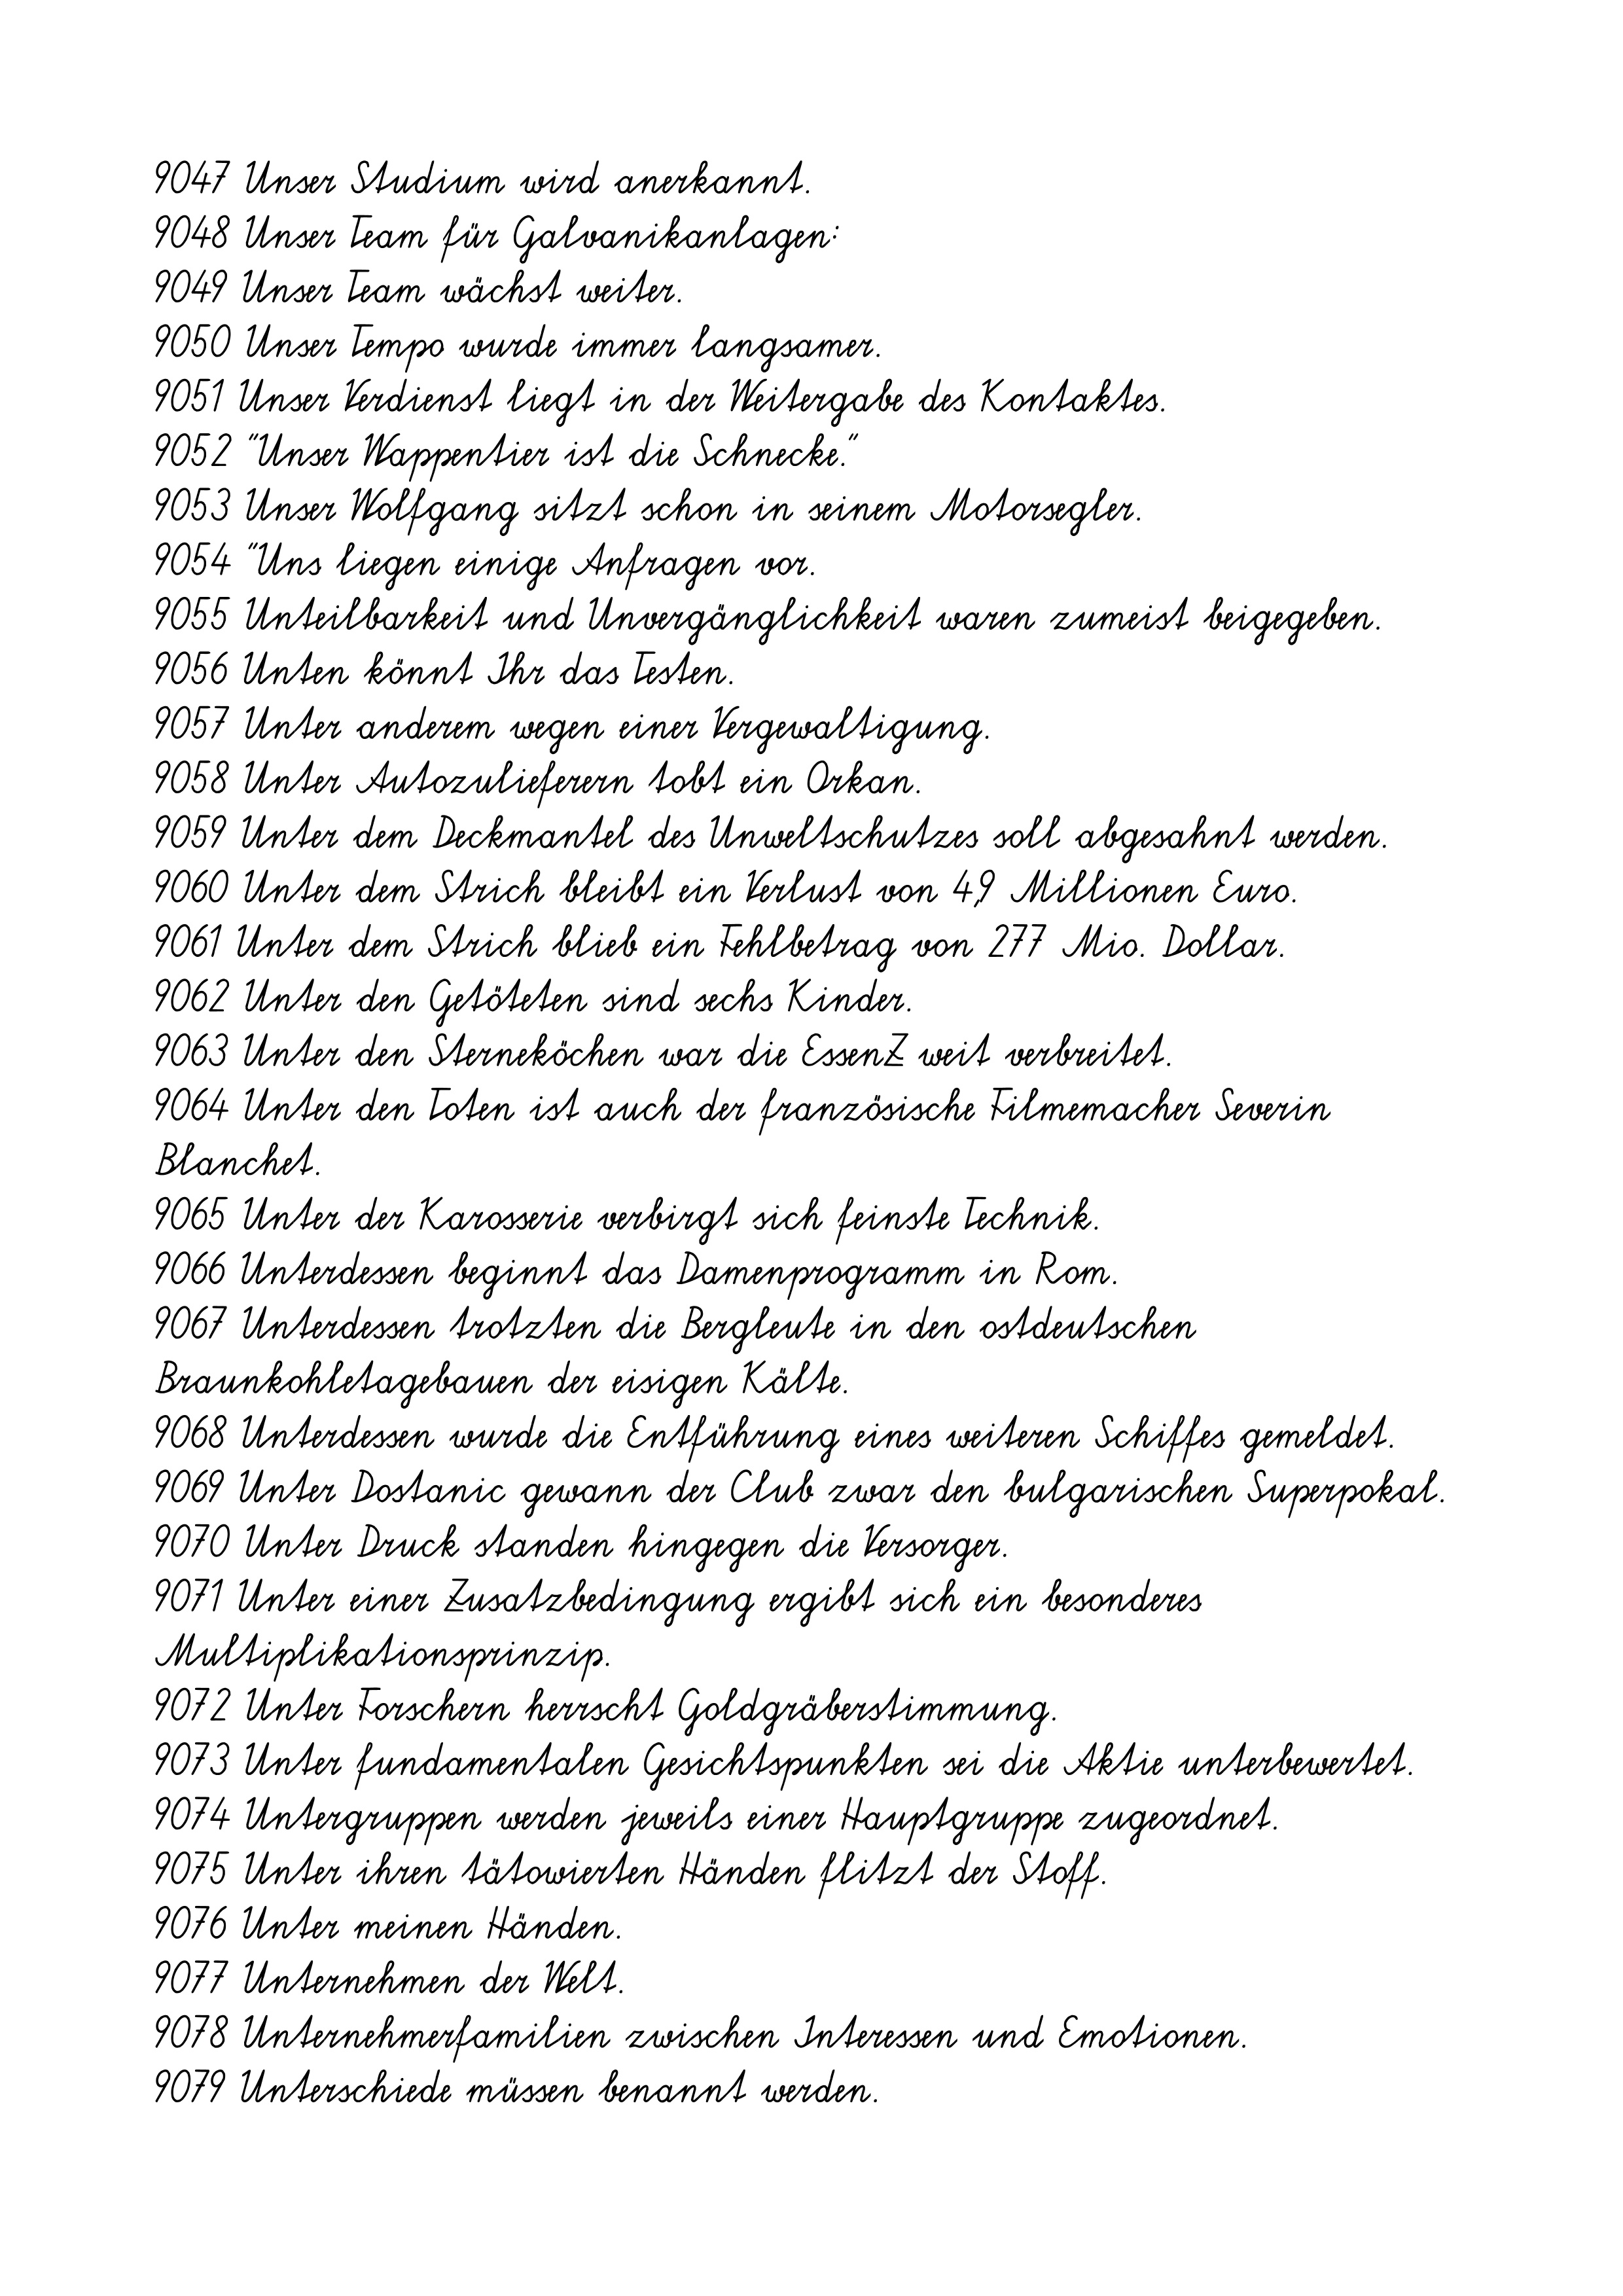
9047 Unser Studium wird anerkannt.
9048 Unser Team für Galvanikanlagen:
9049 Unser Team wächst weiter.
9050 Unser Tempo wurde immer langsamer.
9051 Unser Verdienst liegt in der Weitergabe des Kontaktes.
9052 "Unser Wappentier ist die Schnecke."
9053 Unser Wolfgang sitzt schon in seinem Motorsegler.
9054 "Uns liegen einige Anfragen vor.
9055 Unteilbarkeit und Unvergänglichkeit waren zumeist beigegeben.
9056 Unten könnt Ihr das Testen.
9057 Unter anderem wegen einer Vergewaltigung.
9058 Unter Autozulieferern tobt ein Orkan.
9059 Unter dem Deckmantel des Unweltschutzes soll abgesahnt werden.
9060 Unter dem Strich bleibt ein Verlust von 4,9 Millionen Euro.
9061 Unter dem Strich blieb ein Fehlbetrag von 277 Mio. Dollar.
9062 Unter den Getöteten sind sechs Kinder.
9063 Unter den Sterneköchen war die EssenZ weit verbreitet.
9064 Unter den Toten ist auch der französische Filmemacher Severin
Blanchet.
9065 Unter der Karosserie verbirgt sich feinste Technik.
9066 Unterdessen beginnt das Damenprogramm in Rom.
9067 Unterdessen trotzten die Bergleute in den ostdeutschen
Braunkohletagebauen der eisigen Kälte.
9068 Unterdessen wurde die Entführung eines weiteren Schiffes gemeldet.
9069 Unter Dostanic gewann der Club zwar den bulgarischen Superpokal.
9070 Unter Druck standen hingegen die Versorger.
9071 Unter einer Zusatzbedingung ergibt sich ein besonderes
Multiplikationsprinzip.
9072 Unter Forschern herrscht Goldgräberstimmung.
9073 Unter fundamentalen Gesichtspunkten sei die Aktie unterbewertet.
9074 Untergruppen werden jeweils einer Hauptgruppe zugeordnet.
9075 Unter ihren tätowierten Händen flitzt der Stoff.
9076 Unter meinen Händen.
9077 Unternehmen der Welt.
9078 Unternehmerfamilien zwischen Interessen und Emotionen.
9079 Unterschiede müssen benannt werden.